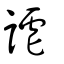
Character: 謔